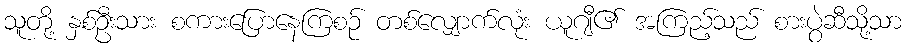
သူတို့ နှစ်ဦးသား စကားပြောနေကြစဉ် တစ်လျှောက်လုံး ယူဂျီ၏ အကြည့်သည် စားပွဲဆီသို့သာ